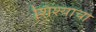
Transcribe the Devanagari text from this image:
शिश्याचा